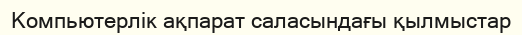
Компьютерлік ақпарат саласындағы қылмыстар